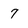
Character: 7